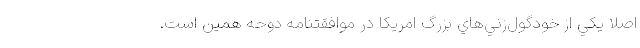
اصلا يكي از خودگول‌زني‌هاي بزرگ امريكا در موافقتنامه دوحه همين است.